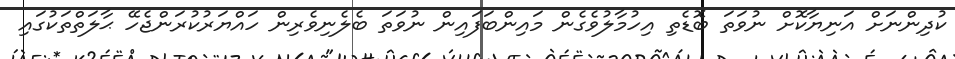
ކުދިންނަށް އަނިޔާކޮށް ނުވަތަ ބޮޑެތި އިހުމާލުވެގެން މައިންބަފައިން ނުވަތަ ބެލެނިވެރިން ހައްޔަރުކުރަންޖެހޭ ޙާލަތްތަކުގައި